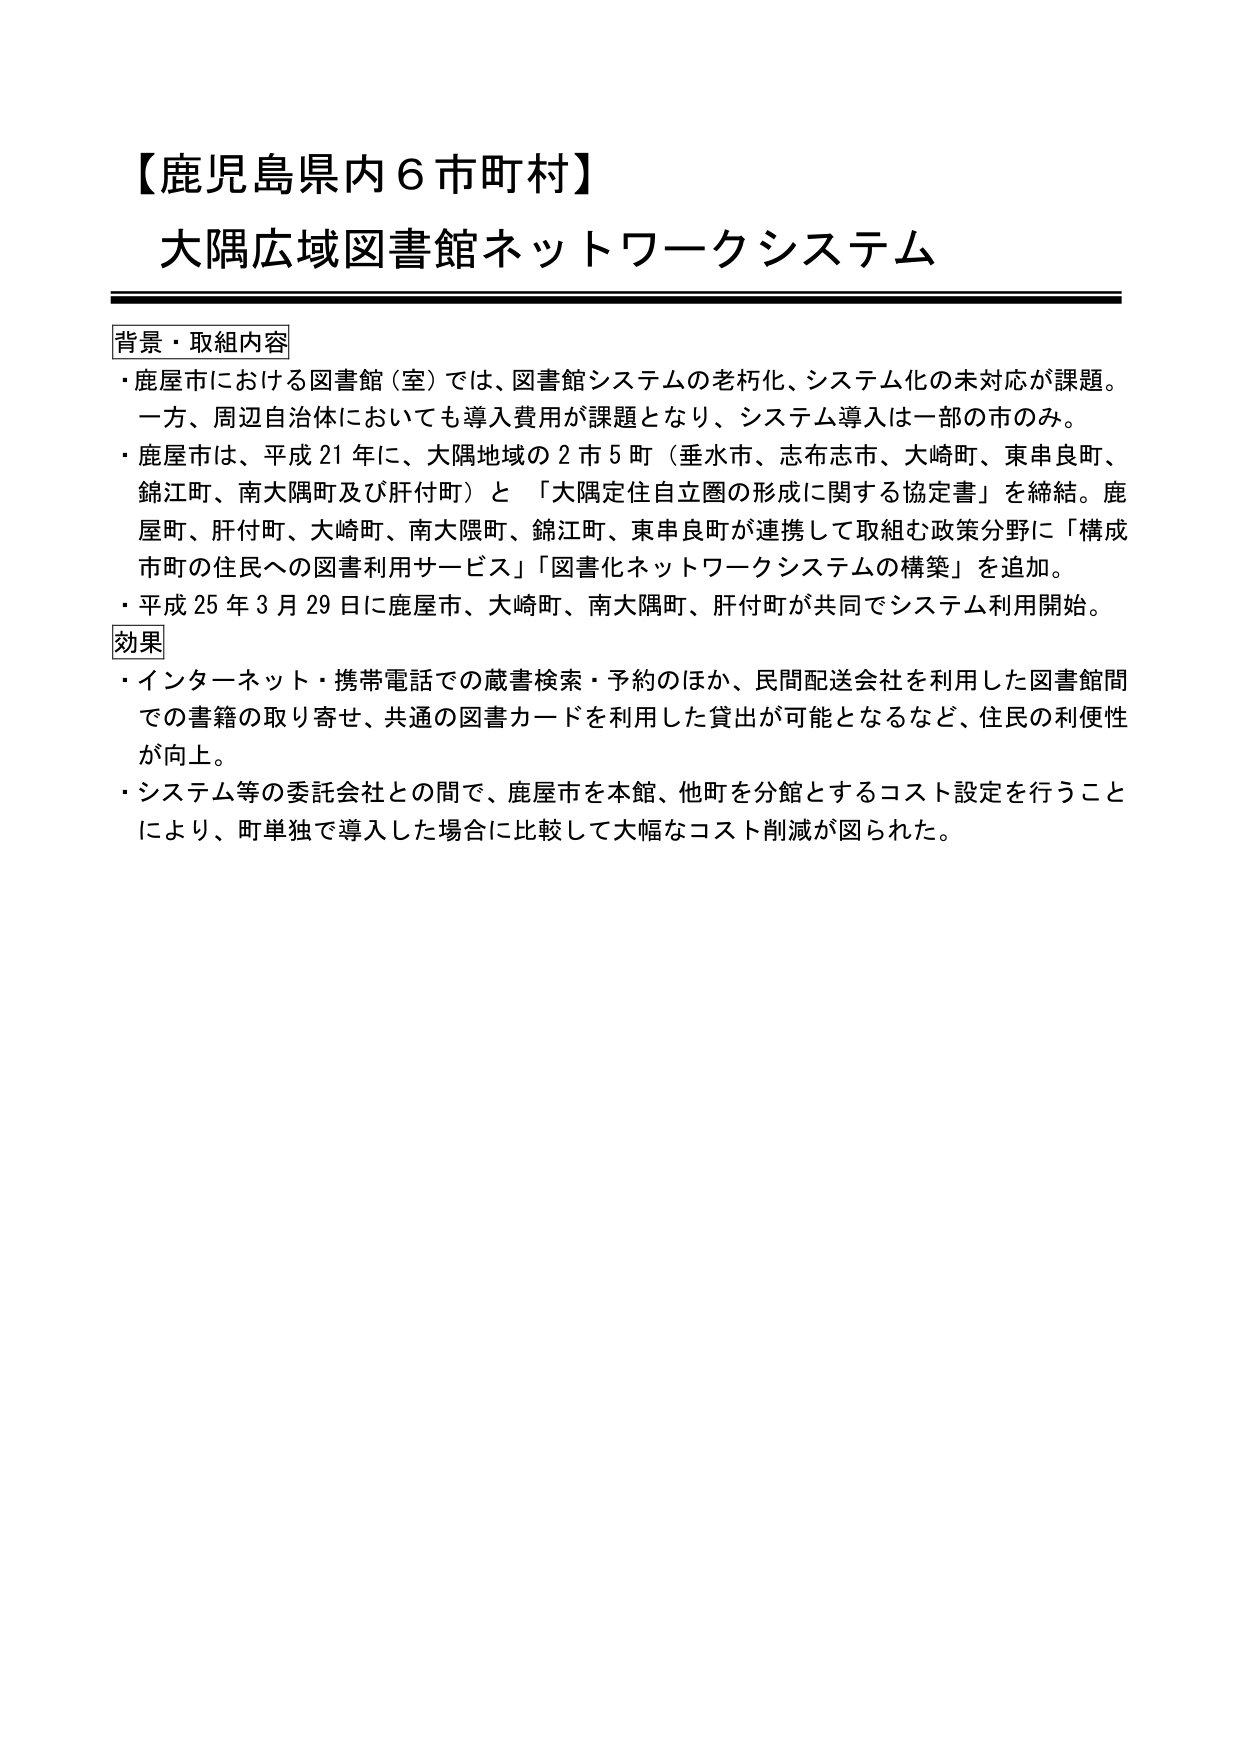
【鹿児島県内６市町村】
大隅広域図書館ネットワークシステム

背景・取組内容
・鹿屋市における図書館（室）では、図書館システムの老朽化、システム化の未対応が課題。
　一方、周辺自治体においても導入費用が課題となり、システム導入は一部の市のみ。
・鹿屋市は、平成21年に、大隅地域の2市5町（垂水市、志布志市、大崎町、東串良町、
　錦江町、南大隅町及び肝付町）と「大隅定住自立圏の形成に関する協定書」を締結。鹿
　屋町、肝付町、大崎町、南大隈町、錦江町、東串良町が連携して取組む政策分野に「構成
　市町の住民への図書利用サービス」「図書化ネットワークシステムの構築」を追加。
・平成25年3月29日に鹿屋市、大崎町、南大隅町、肝付町が共同でシステム利用開始。

効果
・インターネット・携帯電話での蔵書検索・予約のほか、民間配送会社を利用した図書館間
　での書籍の取り寄せ、共通の図書カードを利用した貸出が可能となるなど、住民の利便性
　が向上。
・システム等の委託会社との間で、鹿屋市を本館、他町を分館とするコスト設定を行うこと
　により、町単独で導入した場合に比較して大幅なコスト削減が図られた。